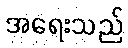
အရေးသည်